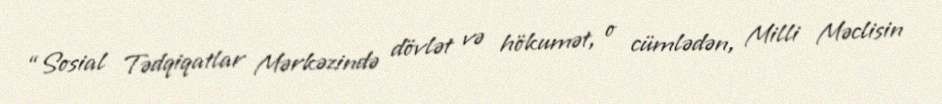
“Sosial Tədqiqatlar Mərkəzində dövlət və hökumət, o cümlədən, Milli Məclisin